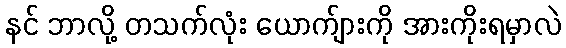
နင် ဘာလို့ တသက်လုံး ယောက်ျားကို အားကိုးရမှာလဲ